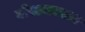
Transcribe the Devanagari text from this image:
बोस्टनवरून